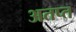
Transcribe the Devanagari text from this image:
अतप्त